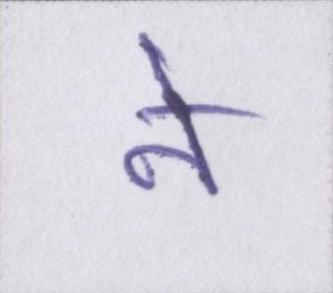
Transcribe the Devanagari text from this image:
ने